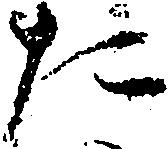
た